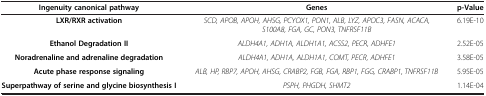
| Ingenuity canonical pathway | Genes | p-Value |
 | --- | --- | --- |
 | LXR/RXR activation | SCD, APOB, APOH, AHSG, PCYOX1, PON1, ALB, LYZ, APOC3, FASN, ACACA, S100A8, FGA, GC, PON3, TNFRSF11B | 6.19E-10 |
 | Ethanol Degradation II | ALDH4A1, ADH1A, ALDH1A1, ACSS2, PECR, ADHFE1 | 2.52E-05 |
 | Noradrenaline and adrenaline degradation | ALDH4A1, ADH1A, ALDH1A1, COMT, PECR, ADHFE1 | 3.58E-05 |
 | Acute phase response signaling | ALB, HP, RBP7, APOH, AHSG, CRABP2, FGB, FGA, RBP1, FGG, CRABP1, TNFRSF11B | 5.95E-05 |
 | Superpathway of serine and glycine biosynthesis I | PSPH, PHGDH, SHMT2 | 1.14E-04 |